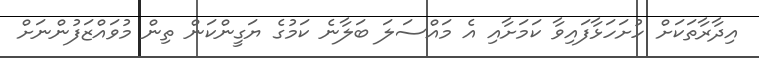
އިދާރާތަކަށް ހުށަހަޅާފައިވާ ކަމަށާއި އެ މައްސަލަ ބަލާނެ ކަމުގެ ޔަގީންކަން ތިން މުވައްޒަފުންނަށް